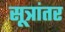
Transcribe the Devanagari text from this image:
सूत्रांतर